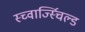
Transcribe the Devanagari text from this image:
स्च्वार्ज्स्चिल्ड